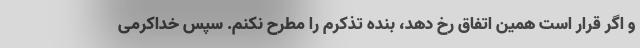
و اگر قرار است همین اتفاق رخ دهد، بنده تذکرم را مطرح نکنم. سپس خداکرمی